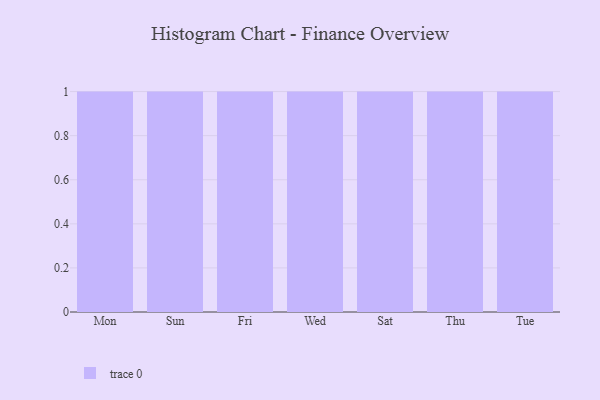
{"axis": {"x": "Day", "y": "Net Income (USD K)"}, "legend": [""], "data": [{"x": "Mon", "y": 71, "type": ""}, {"x": "Sun", "y": 94, "type": ""}, {"x": "Fri", "y": 96, "type": ""}, {"x": "Wed", "y": 92, "type": ""}, {"x": "Sat", "y": 37, "type": ""}, {"x": "Thu", "y": 47, "type": ""}, {"x": "Tue", "y": 35, "type": ""}]}